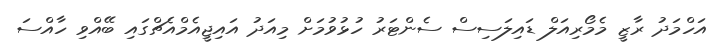
އަހްމަދު ރާޒީ މެމޯރިއަލް ޑައިލަސިސް ސެންޓަރު ހުޅުވުމަށް މިއަދު އައިޖީއެމްއެޗްގައި ބޭއްވި ހާއްސަ